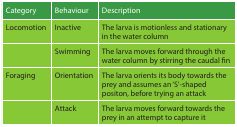
| Category | Behaviour | Description |
 | --- | --- | --- |
 | Locomotion | Inactive | The larva is motionless and stationary in the water column |
 |  | Swimming | The larva moves forward through the water column by stirring the caudal fin |
 | Foraging | Orientation | The larva orients its body towards the prey and assumes an ‘S’-shaped positon, before trying an attack |
 |  | Attack | The larva moves forward towards the prey in an attempt to capture it |